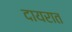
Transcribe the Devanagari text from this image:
दायरात